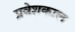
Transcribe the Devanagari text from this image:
प्रवेशकाल